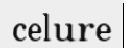
celure